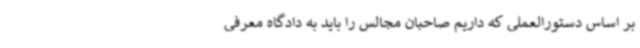
بر اساس دستورالعملی که داریم صاحبان مجالس را باید به دادگاه معرفی